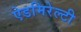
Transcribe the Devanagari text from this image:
ऐडमिरेल्टी